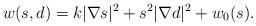
LaTeX: \begin{align*}w(s,d)=k|\nabla s|^2+s^2|\nabla d|^2+w_0(s).\end{align*}